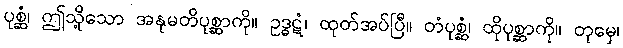
ပုစ္ဆံ၊ ဤသို့သော အနုမတိပုစ္ဆာကို။ ဥဒ္ဓဋံ၊ ထုတ်အပ်ပြီ။ တံပုစ္ဆံ၊ ထိုပုစ္ဆာကို။ တုမှေ၊